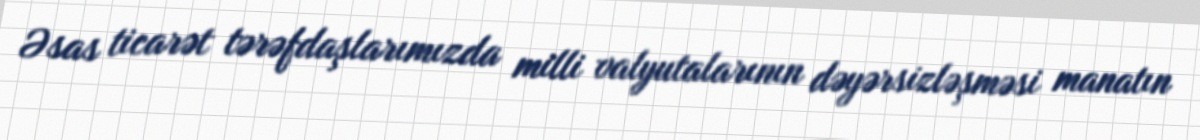
Əsas ticarət tərəfdaşlarımızda milli valyutalarının dəyərsizləşməsi manatın